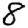
Digit: 8